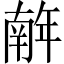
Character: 𢆥